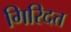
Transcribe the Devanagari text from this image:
गिरिदत्त